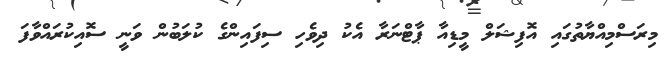
މިރަސްމިއްޔާތުގައި އޮފިޝަލް މީޑިއާ ޕާޓްނަރާ އެކު ދިވެހި ސިފައިންގެ ކުލަބުން ވަނީ ސޮއިކުރައްވާފަ